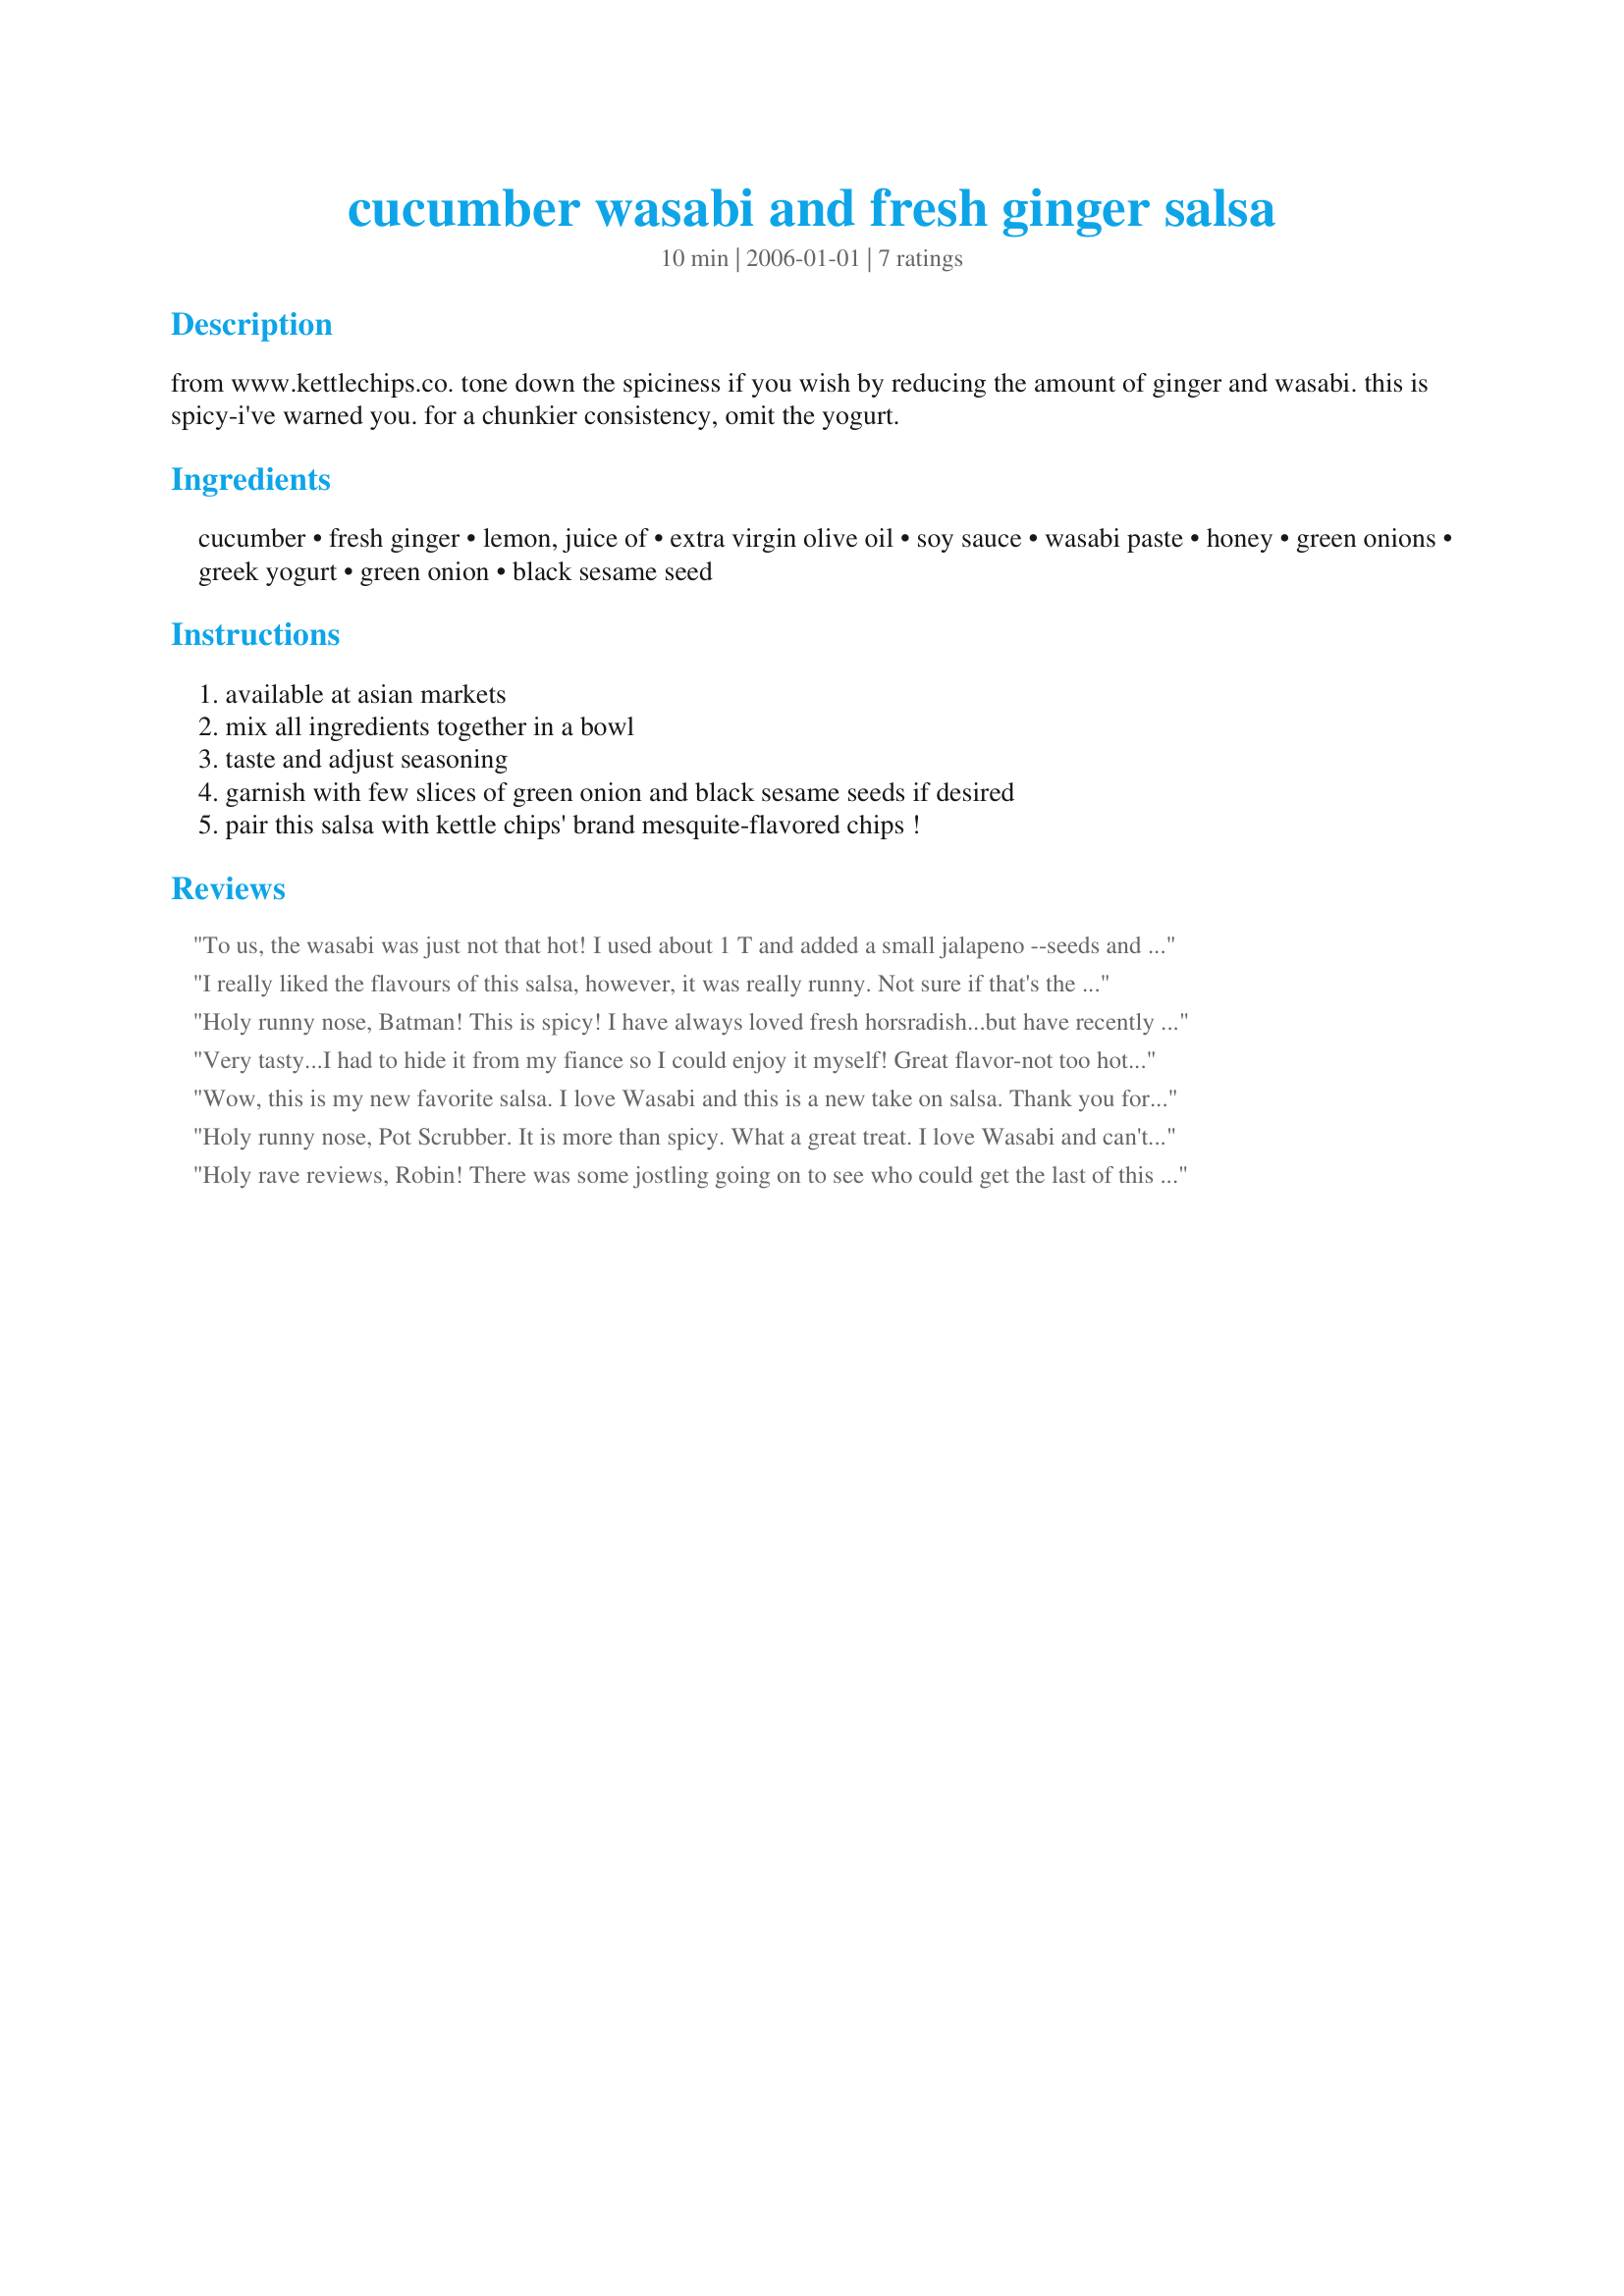
cucumber wasabi and fresh ginger salsa
Preparation time: 10 minutes

from www.kettlechips.co. tone down the spiciness if you wish by reducing the amount of ginger and wasabi. this is spicy-i've warned you. for a chunkier consistency, omit the yogurt.

Ingredients:
cucumber, fresh ginger, lemon, juice of, extra virgin olive oil, soy sauce, wasabi paste, honey, green onions, greek yogurt, green onion, black sesame seed

Steps:
available at asian markets, mix all ingredients together in a bowl, taste and adjust seasoning, garnish with few slices of green onion and black sesame seeds if desired, pair this salsa with kettle chips' brand mesquite-flavored chips !

Reviews:
To us, the wasabi was just not that hot! I used about 1 T and added a small jalapeno --seeds and all. We do like hot foods, but this was just a little spicy...not really hot. We love wasabi and are totally hooked on its flavor in this salsa. My DH took a bite and wrinkled his nose,---then proceeded to hog the rest of the bowl! He must have loved it! It was hard for the rest of us to "get a chip in edgewise!" Very good recipe but I would add more wasabi for our tastes, next time.
I really liked the flavours of this salsa, however, it was really runny. Not sure if that's the way it's supposed to be? I even drained the cucumbers and the yogurt before mixing, as this is something I normally do. It was a hit amongst my co-workers though. I didn't make it as spicy as I personally like, but everyone else thought it was perfect.
Holy runny nose, Batman! This is spicy! I have always loved fresh horsradish...but have recently become addicted to wasabi and can't seem to get enough of- which is what intrigued me about this dish. I can't rave enough about the freshness of the cucumbers paired with the bite of the wasabi. Absolutely something to never be forgotten. I paired these with salt and vinegar chips- it was a great marriage I think. You really scored with this CG! I didn't deseed the cukes (cause I am very lazy) and I doubled the wasabi. I loved it. Regards, Pottsie
Very tasty...I had to hide it from my fiance so I could enjoy it myself! Great flavor-not too hot, but full of wasabi flavor. I devoured it with tortilla chips. :)
Wow, this is my new favorite salsa. I love Wasabi and this is a new take on salsa. Thank you for posting.
Holy runny nose, Pot Scrubber. It is more than spicy. What a great treat. I love Wasabi and can't get enough of it. Reading the review from Pot Scrubber and to make this treat was more or less the same. It is made within seconds and the outcome is - WOW. I have used more than 1 teaspoon of Wasabe. Bu as I already said, I love Wasabi. I have this Salsa with just some simple chips, but I have to admit, that more than the half of it I have eaten as it was. Thanksm to Cookgirl for zhis wonderful spicy Slasa for a Wasabi lover.
Holy rave reviews, Robin! There was some jostling going on to see who could get the last of this salsa out of the dish when I took it as an appy to book club night. Several requests for the recipe too. It is startlingly refreshing, and I paired it with salt and vinegar kettle chips (on the recommendation of another reviewer) which was a good choice. There were curry chips on the table which were a great complement to this extraordinary salsa also. Very easy to put together. I used wasabi powder and just sprinkled it in with the other ingredients. So glad you posted this, cookgirl.
